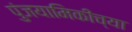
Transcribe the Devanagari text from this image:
पुंजयामिकीच्या